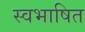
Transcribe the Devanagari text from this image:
स्वभाषित